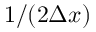
1 / ( 2 \Delta x )